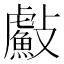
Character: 𭤐